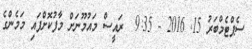
ސެޕްޓެމްބަރު 15